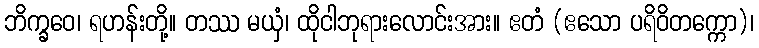
ဘိက္ခဝေ၊ ရဟန်းတို့။ တဿ မယှံ၊ ထိုငါဘုရားလောင်းအား။ ဧတံ (ဧသော ပရိဝိတက္ကော)၊